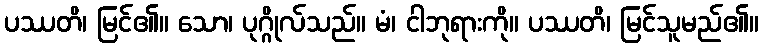
ပဿတိ၊ မြင်၏။ သော၊ ပုဂ္ဂိုလ်သည်။ မံ၊ ငါဘုရားကို။ ပဿတိ၊ မြင်သူမည်၏။